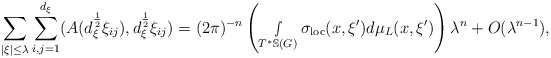
\begin{align*} \sum_{|\xi|\leq \lambda} \sum_{i,j=1}^{d_\xi}(A(d_\xi^{\frac{1}{2}}\xi_{ij}),d_\xi^{\frac{1}{2}}\xi_{ij})= (2\pi)^{-n}\left( \smallint\limits_{T^*\mathbb{S}(G)}\sigma_{\textnormal{loc}}(x,\xi')d\mu_L(x,\xi')\right)\lambda^n+O(\lambda^{n-1}),\end{align*}